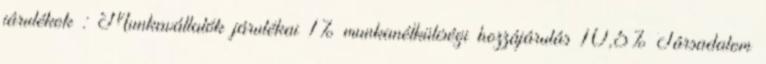
járulékok : Munkavállalók járulékai 1% munkanélküliségi hozzájárulás 10,5% Társadalom